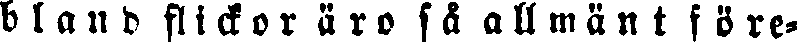
bland flickor äro så allmänt före-